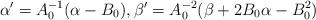
LaTeX: \begin{align*}\alpha' = A_0^{-1}(\alpha-B_0), \beta' =A_0^{-2}(\beta +2 B_0\alpha -B_0^2)\end{align*}